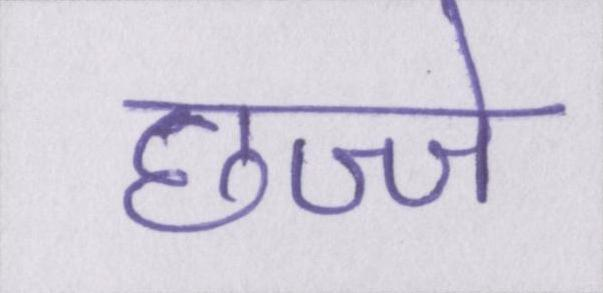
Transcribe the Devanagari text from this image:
छज्जे